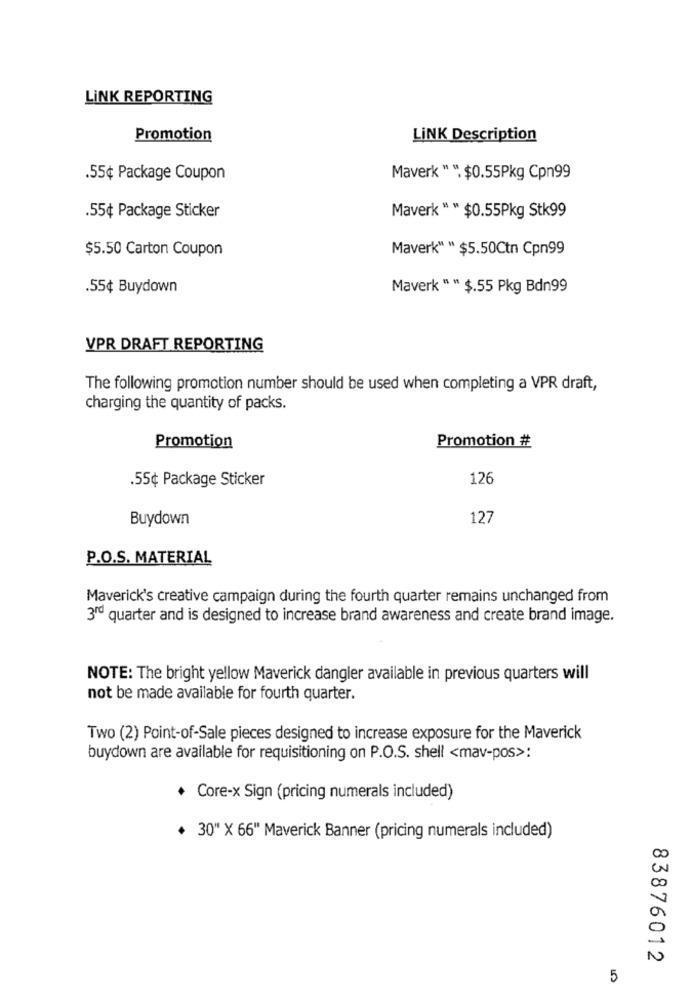
LINK REPORTING
Promotion
LINK Description
.55¢ Package Coupon
Maverk " ". $0.55Pkg Cpn99
.55¢ Package Sticker
Maverk " " $0.55Pkg Stk99
$5.50 Carton Coupon
Maverk" " $5.50Ctn Cpn99
.55¢ Buydown
Maverk " " $.55 Pkg Bdn99
VPR DRAFT REPORTING
The following promotion number should be used when completing a VPR draft,
charging the quantity of packs.
Promotion
Promotion #
.55¢ Package Sticker
126
Buydown
127
P.O.S. MATERIAL
Maverick's creative campaign during the fourth quarter remains unchanged from
3rd quarter and is designed to increase brand awareness and create brand image.
NOTE: The bright yellow Maverick dangler available in previous quarters will
not be made available for fourth quarter.
Two (2) Point-of-Sale pieces designed to increase exposure for the Maverick
buydown are available for requisitioning on P.O.S. shell <mav-pos>:
+ Core-x Sign (pricing numerals included)
+ 30" X 66" Maverick Banner (pricing numerals included)
83876012
5